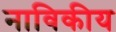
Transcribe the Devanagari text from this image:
नाविकीय